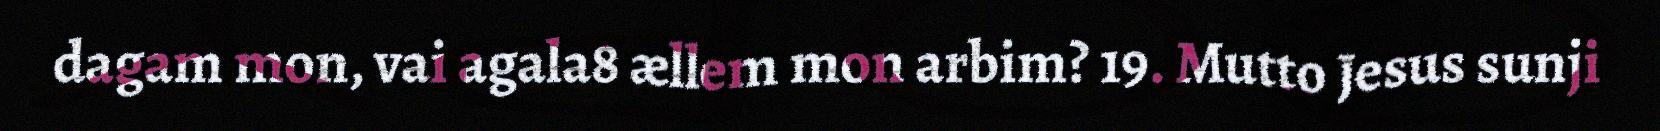
dagam mon, vai agala8 ællem mon arbim? 19. Mutto Jesus sunji